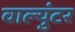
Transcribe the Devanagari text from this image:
वाल्युंटर